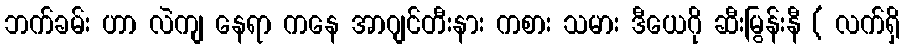
ဘက်ခမ်း ဟာ လဲကျ နေရာ ကနေ အာဂျင်တီးနား ကစား သမား ဒီယေဂို ဆီးမြွန်းနီ ( လက်ရှိ